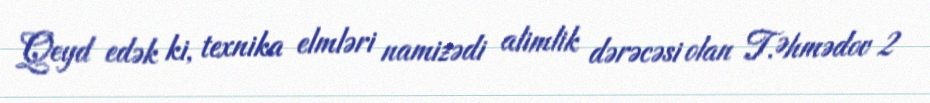
Qeyd edək ki, texnika elmləri namizədi alimlik dərəcəsi olan T.Əhmədov 2